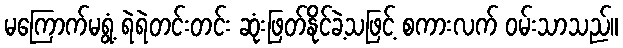
မကြောက်မရွံ့ ရဲရဲတင်းတင်း ဆုံးဖြတ်နိုင်ခဲ့သဖြင့် စကားလက် ဝမ်းသာသည်။